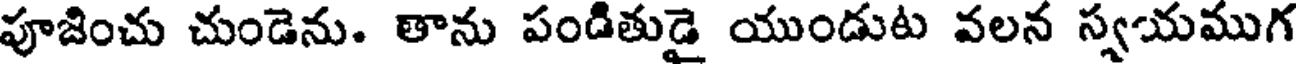
పూజించు చుండెను. తాను పండితుడై యుండుట వలన స్వయముగ